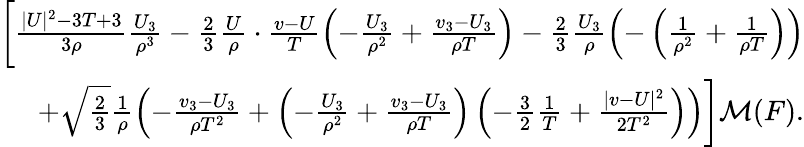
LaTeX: \begin{array}{r}{\bigg[\frac{|U|^{2}-3T+3}{3\rho}\frac{U_{3}}{\rho^{3}}-\frac{2}{3}\frac{U}{\rho}\cdot\frac{v-U}{T}\left(-\frac{U_{3}}{\rho^{2}}+\frac{v_{3}-U_{3}}{\rho T}\right)-\frac{2}{3}\frac{U_{3}}{\rho}\left(-\left(\frac{1}{\rho^{2}}+\frac{1}{\rho T}\right)\right)}\\ {+\sqrt{\frac{2}{3}}\frac{1}{\rho}\left(-\frac{v_{3}-U_{3}}{\rho T^{2}}+\left(-\frac{U_{3}}{\rho^{2}}+\frac{v_{3}-U_{3}}{\rho T}\right)\left(-\frac{3}{2}\frac{1}{T}+\frac{|v-U|^{2}}{2T^{2}}\right)\right)\bigg]\mathcal{M}(F).}\end{array}